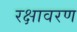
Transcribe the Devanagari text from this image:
रक्षावरण